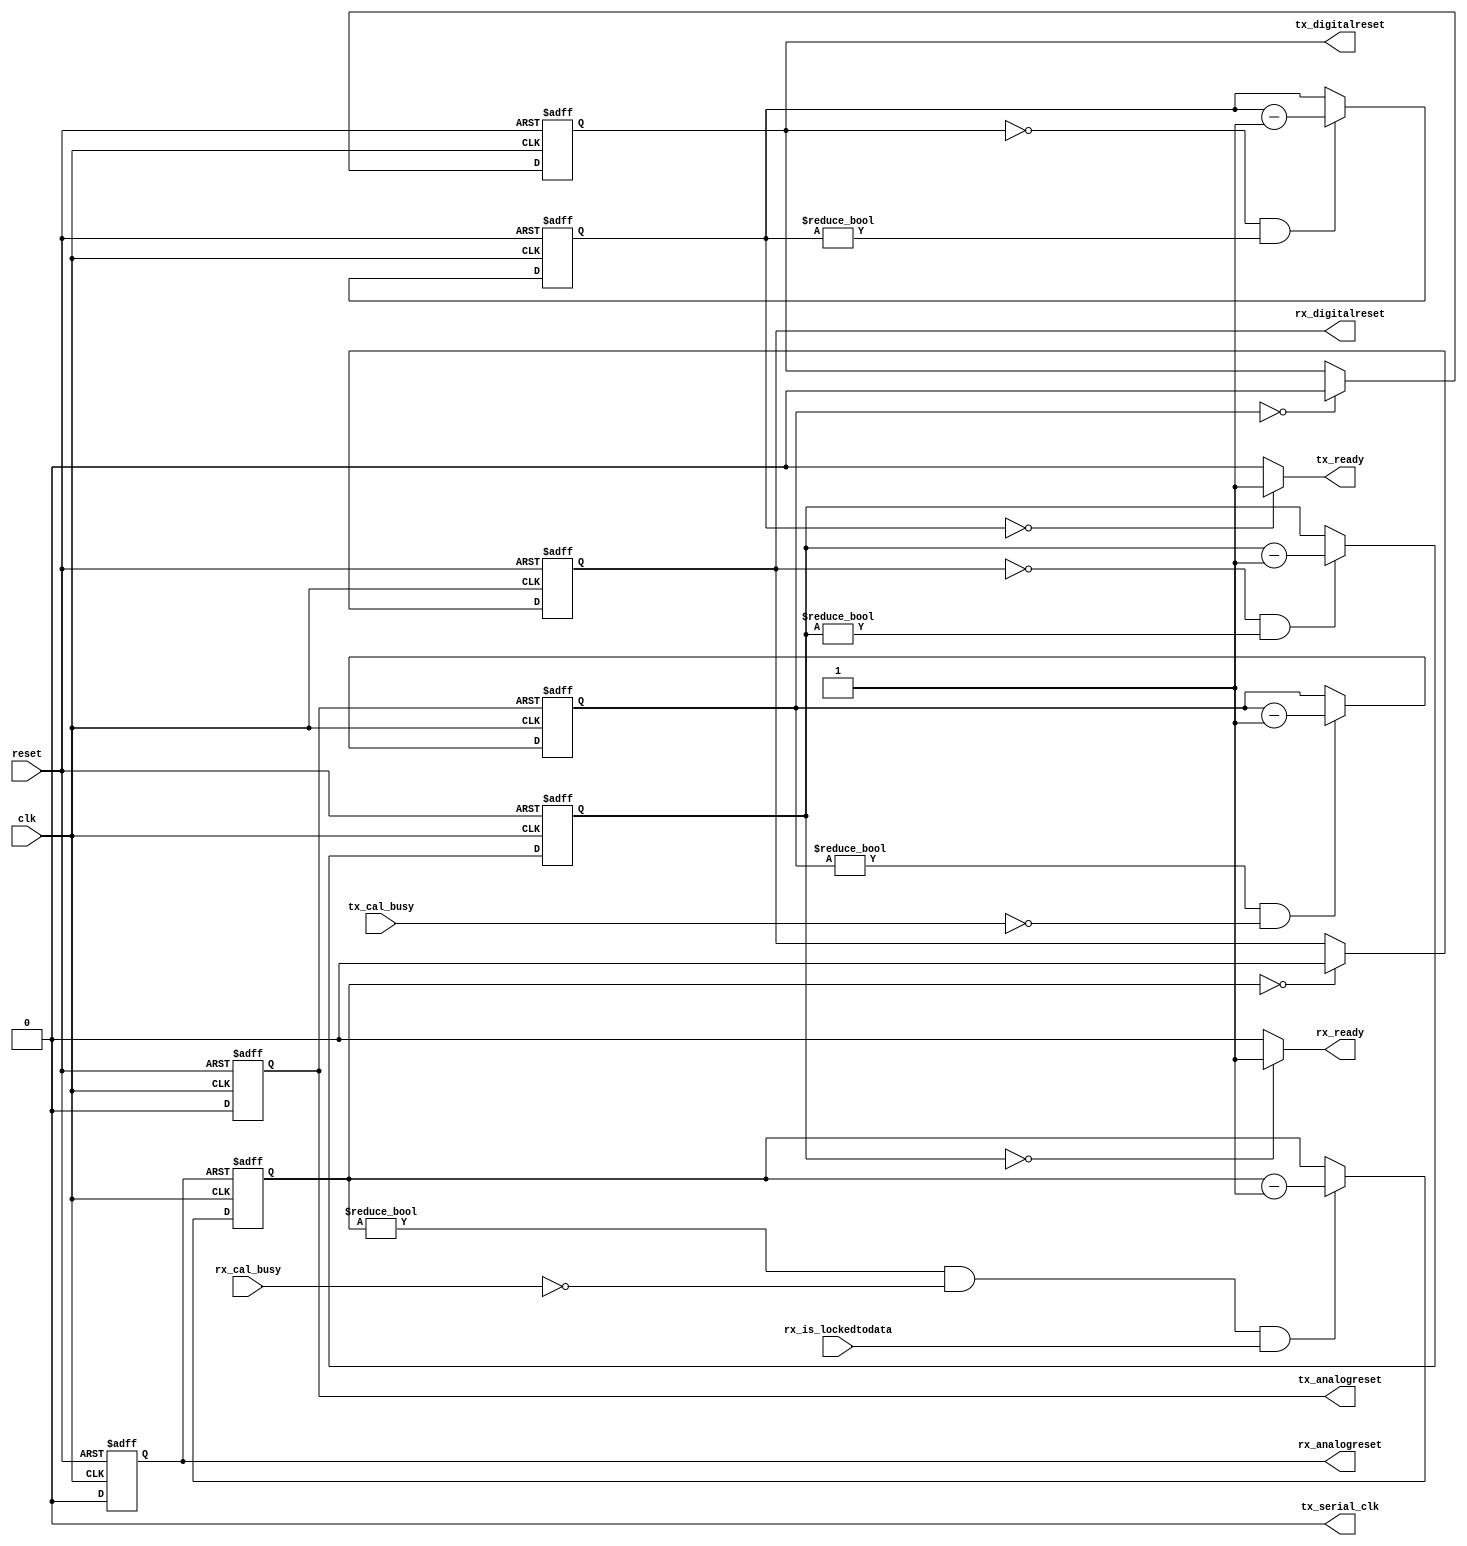
// (C) 2001-2017 Intel Corporation. All rights reserved.
// Your use of Intel Corporation's design tools, logic functions and other 
// software and tools, and its AMPP partner logic functions, and any output 
// files any of the foregoing (including device programming or simulation 
// files), and any associated documentation or information are expressly subject 
// to the terms and conditions of the Intel Program License Subscription 
// Agreement, Intel MegaCore Function License Agreement, or other applicable 
// license agreement, including, without limitation, that your use is for the 
// sole purpose of programming logic devices manufactured by Intel and sold by 
// Intel or its authorized distributors.  Please refer to the applicable 
// agreement for further details.


// -------------------------------------------------------------------------
// -------------------------------------------------------------------------
//
// Project     : Triple Speed Ethernet - 10/100/1000 MAC
//
// Description : Simulation model for NightFury PHYIP reset sequence
// 
// ALTERA Confidential and Proprietary
// Copyright 2006 (c) Altera Corporation
// All rights reserved
//
// -------------------------------------------------------------------------
// -------------------------------------------------------------------------

`timescale 1 ps / 1 ps

module nf_phyip_reset_model
(
   input clk, // 125 MHz clock
   input reset,

   output tx_serial_clk, // TX serial clock
   output reg tx_analogreset,
   output reg tx_digitalreset,
   output tx_ready,

   output reg rx_analogreset,
   output reg rx_digitalreset,
   output rx_ready,

   input tx_cal_busy,
   input rx_is_lockedtodata,
   input rx_cal_busy

);

reg clk_1250MHz;

reg [31:0] tx_digital_reset_count;
reg [31:0] rx_digital_reset_count;
reg [31:0] tx_ready_count;
reg [31:0] rx_ready_count;

// 1250 MHz TX serial clock
always 
begin
   clk_1250MHz <= 1'b 1;   
   #(400); 
   clk_1250MHz <= 1'b 0;   
   #(400); 
end

assign tx_serial_clk = clk_1250MHz;

// TX digital reset duration
always @(posedge clk or posedge tx_analogreset)
begin
   if (tx_analogreset)
   begin
      tx_digital_reset_count <= 625; // 5000ns
   end
   else
   begin
      if ((tx_digital_reset_count != 0) && (tx_cal_busy == 1'b0))
      begin
         tx_digital_reset_count <= tx_digital_reset_count - 32'b1;
      end
   end
end

// RX digital reset duration
always @(posedge clk or posedge rx_analogreset)
begin
   if (rx_analogreset)
   begin
      rx_digital_reset_count <= 500; // 4000ns
   end
   else
   begin
      if ((rx_digital_reset_count != 0) && (rx_cal_busy == 1'b0) && (rx_is_lockedtodata == 1'b1))
      begin
         rx_digital_reset_count <= rx_digital_reset_count - 32'b1;
      end
   end
end

// TX ready duration
always @(posedge clk or posedge reset)
begin
   if (reset)
   begin
      tx_ready_count <= 10; // 80ns
   end
   else
   begin
      if ((tx_digitalreset == 1'b0) && (tx_ready_count != 0))
      begin
         tx_ready_count <= tx_ready_count - 32'b1;
      end
   end
end

// RX ready duration
always @(posedge clk or posedge reset)
begin
   if (reset)
   begin
      rx_ready_count <= 10; // 80ns
   end
   else
   begin
      if ((rx_digitalreset == 1'b0) && (rx_ready_count != 0))
      begin
         rx_ready_count <= rx_ready_count - 32'b1;
      end
   end
end

always @(posedge clk or posedge reset)
begin
   if (reset)
   begin
      tx_analogreset <= 1'b1;
      rx_analogreset <= 1'b1;
   end
   else
   begin
      tx_analogreset <= 1'b0;
      rx_analogreset <= 1'b0;
   end
end

always @(posedge clk or posedge reset)
begin
   if (reset)
   begin
      tx_digitalreset <= 1'b1;
   end
   else
   begin
      if (tx_digital_reset_count == 0)
      begin
         tx_digitalreset <= 1'b0;
      end
   end
end

always @(posedge clk or posedge reset)
begin
   if (reset)
   begin
      rx_digitalreset <= 1'b1;
   end
   else
   begin
      if (rx_digital_reset_count == 0)
      begin
         rx_digitalreset <= 1'b0;
      end
   end
end

assign tx_ready = (tx_ready_count == 0) ? 1'b1: 1'b0;
assign rx_ready = (rx_ready_count == 0) ? 1'b1: 1'b0;

endmodule